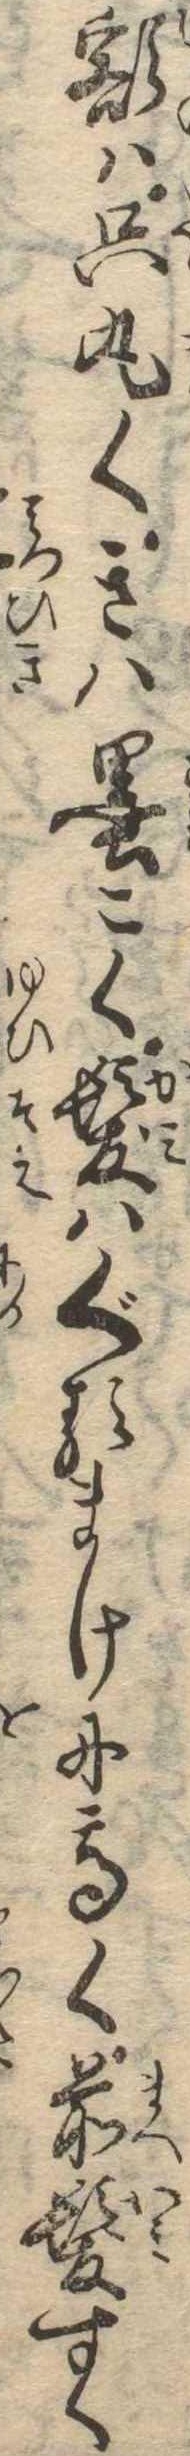
額は只丸くきは墨こく髪はぐるまけに高く前髪すく